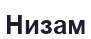
Низам